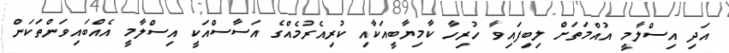
އަދި އިސްލާމީ އުއްމަތަށް ލިބިފައިވާ ހުރިހާ ކާމިޔާބީއަކާއި ކުރިއެރުމެއްގެ އަސާސްއަކީ އިސްލާމީ އެއްބައިވަންތަކަން